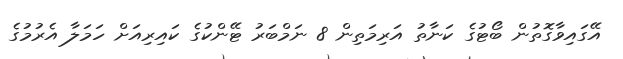
އޭގައިވާގޮތުން ބޯޓުގެ ކަނާތު އަރިމަތިން 8 ނަމްބަރު ޓޭންކުގެ ކައިރިއަށް ހަމަލާ އެރުމުގެ